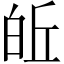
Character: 𪽽